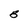
Character: B